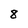
Character: 8